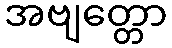
အဗျတ္တော